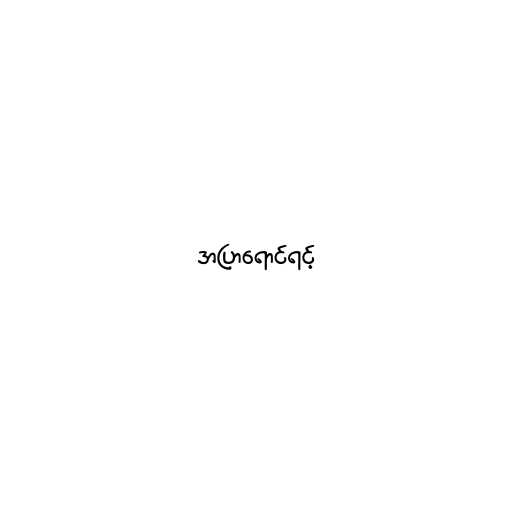
အပြာရောင်ရင့်